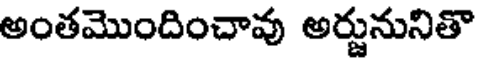
అంతమొందించావు అర్జునునితా